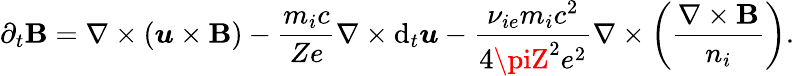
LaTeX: \partial_{t}\boldsymbol{\mathbf{B}}=\nabla\times(\boldsymbol{u}\times\boldsymbol{\mathbf{B}})-\frac{{m_{i}c}}{{Ze}}\nabla\times\mathrm{{d}}_{t}\boldsymbol{u}-\frac{{\nu_{ie}m_{i}c^{2}}}{{4\piZ^{2}e^{2}}}\nabla\times\left(\frac{{\nabla\times\boldsymbol{\mathbf{B}}}}{{n_{i}}}\right).